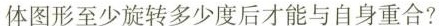
体图形至少旋转多少度后才能与自身重合?